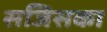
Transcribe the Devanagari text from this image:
सजिसका